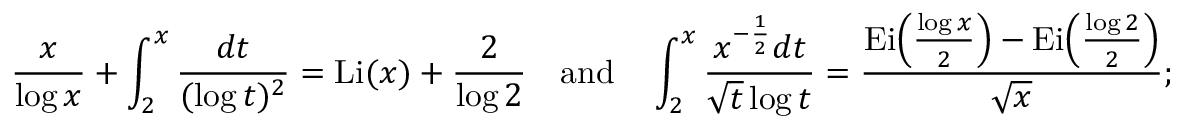
\frac { x } { \log { x } } + \int _ { 2 } ^ { x } \frac { d t } { ( \log { t } ) ^ { 2 } } = \operatorname { L i } ( x ) + \frac { 2 } { \log { 2 } } \quad \mathrm { a n d } \quad \int _ { 2 } ^ { x } \frac { x ^ { - \frac { 1 } { 2 } } d t } { \sqrt { t } \log { t } } = \frac { \operatorname { E i } \! \left( \frac { \log { x } } { 2 } \right) - \operatorname { E i } \! \left( \frac { \log { 2 } } { 2 } \right) } { \sqrt { x } } ;